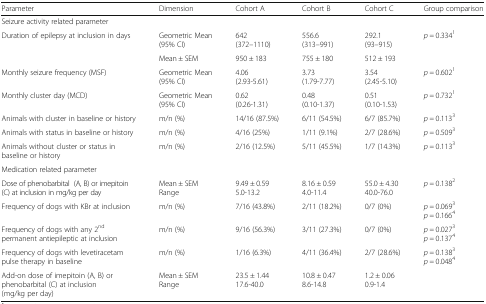
<table><thead><tr><td><b>Parameter</b></td><td><b>Dimension</b></td><td><b>Cohort A</b></td><td><b>Cohort B</b></td><td><b>Cohort C</b></td><td><b>Group comparison</b></td></tr></thead><tbody><tr><td colspan="6">Seizure activity related parameter</td></tr><tr><td rowspan="2">Duration of epilepsy at inclusion in days</td><td>Geometric Mean (95% CI)</td><td>642 (372–1110)</td><td>556.6 (313–991)</td><td>292.1 (93–915)</td><td><i>p =</i> 0.334<sup>1</sup></td></tr><tr><td>Mean ± SEM</td><td>950 ± 183</td><td>755 ± 180</td><td>512 ± 193</td><td></td></tr><tr><td>Monthly seizure frequency (MSF)</td><td>Geometric Mean (95% CI)</td><td>4.06 (2.93-5.61)</td><td>3.73 (1.79-7.77)</td><td>3.54 (2.45-5.10)</td><td><i>p =</i> 0.602<sup>1</sup></td></tr><tr><td>Monthly cluster day (MCD)</td><td>Geometric Mean (95% CI)</td><td>0.62 (0.26-1.31)</td><td>0.48 (0.10-1.37)</td><td>0.51 (0.10-1.53)</td><td><i>p =</i> 0.732<sup>1</sup></td></tr><tr><td>Animals with cluster in baseline or history</td><td>m/n (%)</td><td>14/16 (87.5%)</td><td>6/11 (54.5%)</td><td>6/7 (85.7%)</td><td><i>p =</i> 0.113<sup>3</sup></td></tr><tr><td>Animals with status in baseline or history</td><td>m/n (%)</td><td>4/16 (25%)</td><td>1/11 (9.1%)</td><td>2/7 (28.6%)</td><td><i>p =</i> 0.509<sup>3</sup></td></tr><tr><td>Animals without cluster or status in baseline or history</td><td>m/n (%)</td><td>2/16 (12.5%)</td><td>5/11 (45.5%)</td><td>1/7 (14.3%)</td><td><i>p =</i> 0.113<sup>3</sup></td></tr><tr><td colspan="6">Medication related parameter</td></tr><tr><td>Dose of phenobarbital (A, B) or imepitoin (C) at inclusion in mg/kg per day</td><td>Mean ± SEM Range</td><td>9.49 ± 0.59 5.0-13.2</td><td>8.16 ± 0.59 4.0-11.4</td><td>55.0 ± 4.30 40.0-76.0</td><td><i>p =</i> 0.138<sup>2</sup></td></tr><tr><td>Frequency of dogs with KBr at inclusion</td><td>m/n (%)</td><td>7/16 (43.8%)</td><td>2/11 (18.2%)</td><td>0/7 (0%)</td><td><i>p =</i> 0.069<sup>3</sup><i>p =</i> 0.166<sup>4</sup></td></tr><tr><td>Frequency of dogs with any 2<sup>nd</sup>permanent antiepileptic at inclusion</td><td>m/n (%)</td><td>9/16 (56.3%)</td><td>3/11 (27.3%)</td><td>0/7 (0%)</td><td><i>p =</i> 0.027<sup>3</sup><i>p =</i> 0.137<sup>4</sup></td></tr><tr><td>Frequency of dogs with levetiracetam pulse therapy in baseline</td><td>m/n (%)</td><td>1/16 (6.3%)</td><td>4/11 (36.4%)</td><td>2/7 (28.6%)</td><td><i>p =</i> 0.138<sup>3</sup><i>p =</i> 0.048<sup>4</sup></td></tr><tr><td>Add-on dose of imepitoin (A, B) or phenobarbital (C) at inclusion (mg/kg per day)</td><td>Mean ± SEM Range</td><td>23.5 ± 1.44 17.6-40.0</td><td>10.8 ± 0.47 8.6-14.8</td><td>1.2 ± 0.06 0.9-1.4</td><td></td></tr></tbody></table>